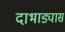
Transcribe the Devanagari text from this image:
दाभाड्यास